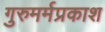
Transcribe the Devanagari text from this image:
गुरुमर्मप्रकाश